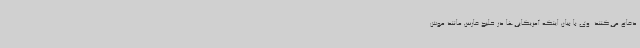
دفاع می‌کنند. وی با بیان اینکه آمریکایی‌ها در خلیج فارس مانند موش